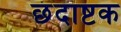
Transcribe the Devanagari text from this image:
छंदाष्टक